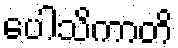
ပေါသိကာတိ